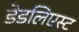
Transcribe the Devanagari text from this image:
डेडलिएस्ट